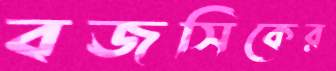
বজসিকের